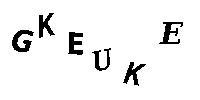
GKEUKE